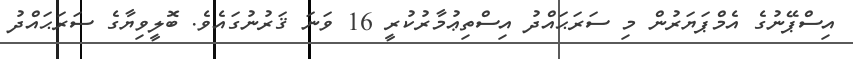
އިސްޕޭނުގެ އެމްޕަޔަރުން މި ސަރަޙައްދު އިސްތިޢުމާރުކުރީ 16 ވަނަ ޤަރުނުގައެވެ. ބޮލީވިޔާގެ ސަރަޙައްދު